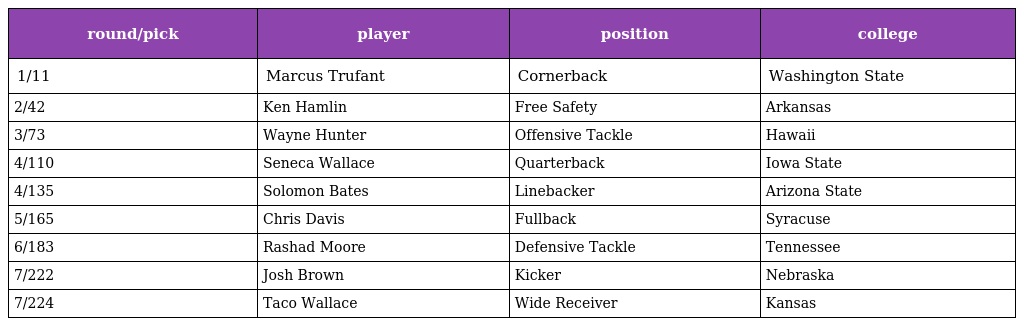
| round/pick | player | position | college |
 | --- | --- | --- | --- |
 | 1/11 | Marcus Trufant | Cornerback | Washington State |
 | 2/42 | Ken Hamlin | Free Safety | Arkansas |
 | 3/73 | Wayne Hunter | Offensive Tackle | Hawaii |
 | 4/110 | Seneca Wallace | Quarterback | Iowa State |
 | 4/135 | Solomon Bates | Linebacker | Arizona State |
 | 5/165 | Chris Davis | Fullback | Syracuse |
 | 6/183 | Rashad Moore | Defensive Tackle | Tennessee |
 | 7/222 | Josh Brown | Kicker | Nebraska |
 | 7/224 | Taco Wallace | Wide Receiver | Kansas |